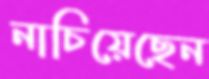
নাচিয়েছেন